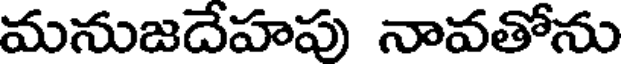
మనుజదేహపు నావతోను